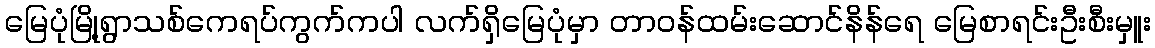
မြေပုံမြို့ရွာသစ်ကေရပ်ကွက်ကပါ လက်ရှိမြေပုံမှာ တာဝန်ထမ်းဆောင်နိန်ရေ မြေစာရင်းဦးစီးမှူး